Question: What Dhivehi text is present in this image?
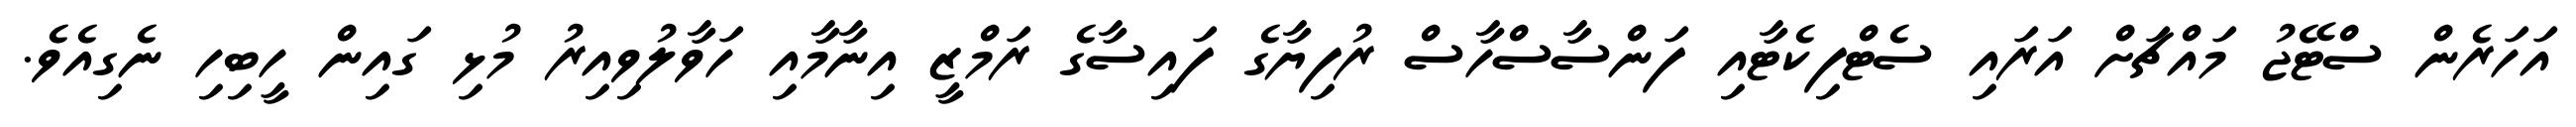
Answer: އަހަރެން ސްޓޭޖު މައްޗަށް އަރައި ސެޓްފިކެޓާއި ފަންސާސްހާސް ރުފިޔާގެ ފައިސާގެ ރަމްޒީ އިނާމާއި ހަވާލުވިއިރު މުޅި ގައިން ހީބިހި ނެގިއެވެ.